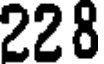
228